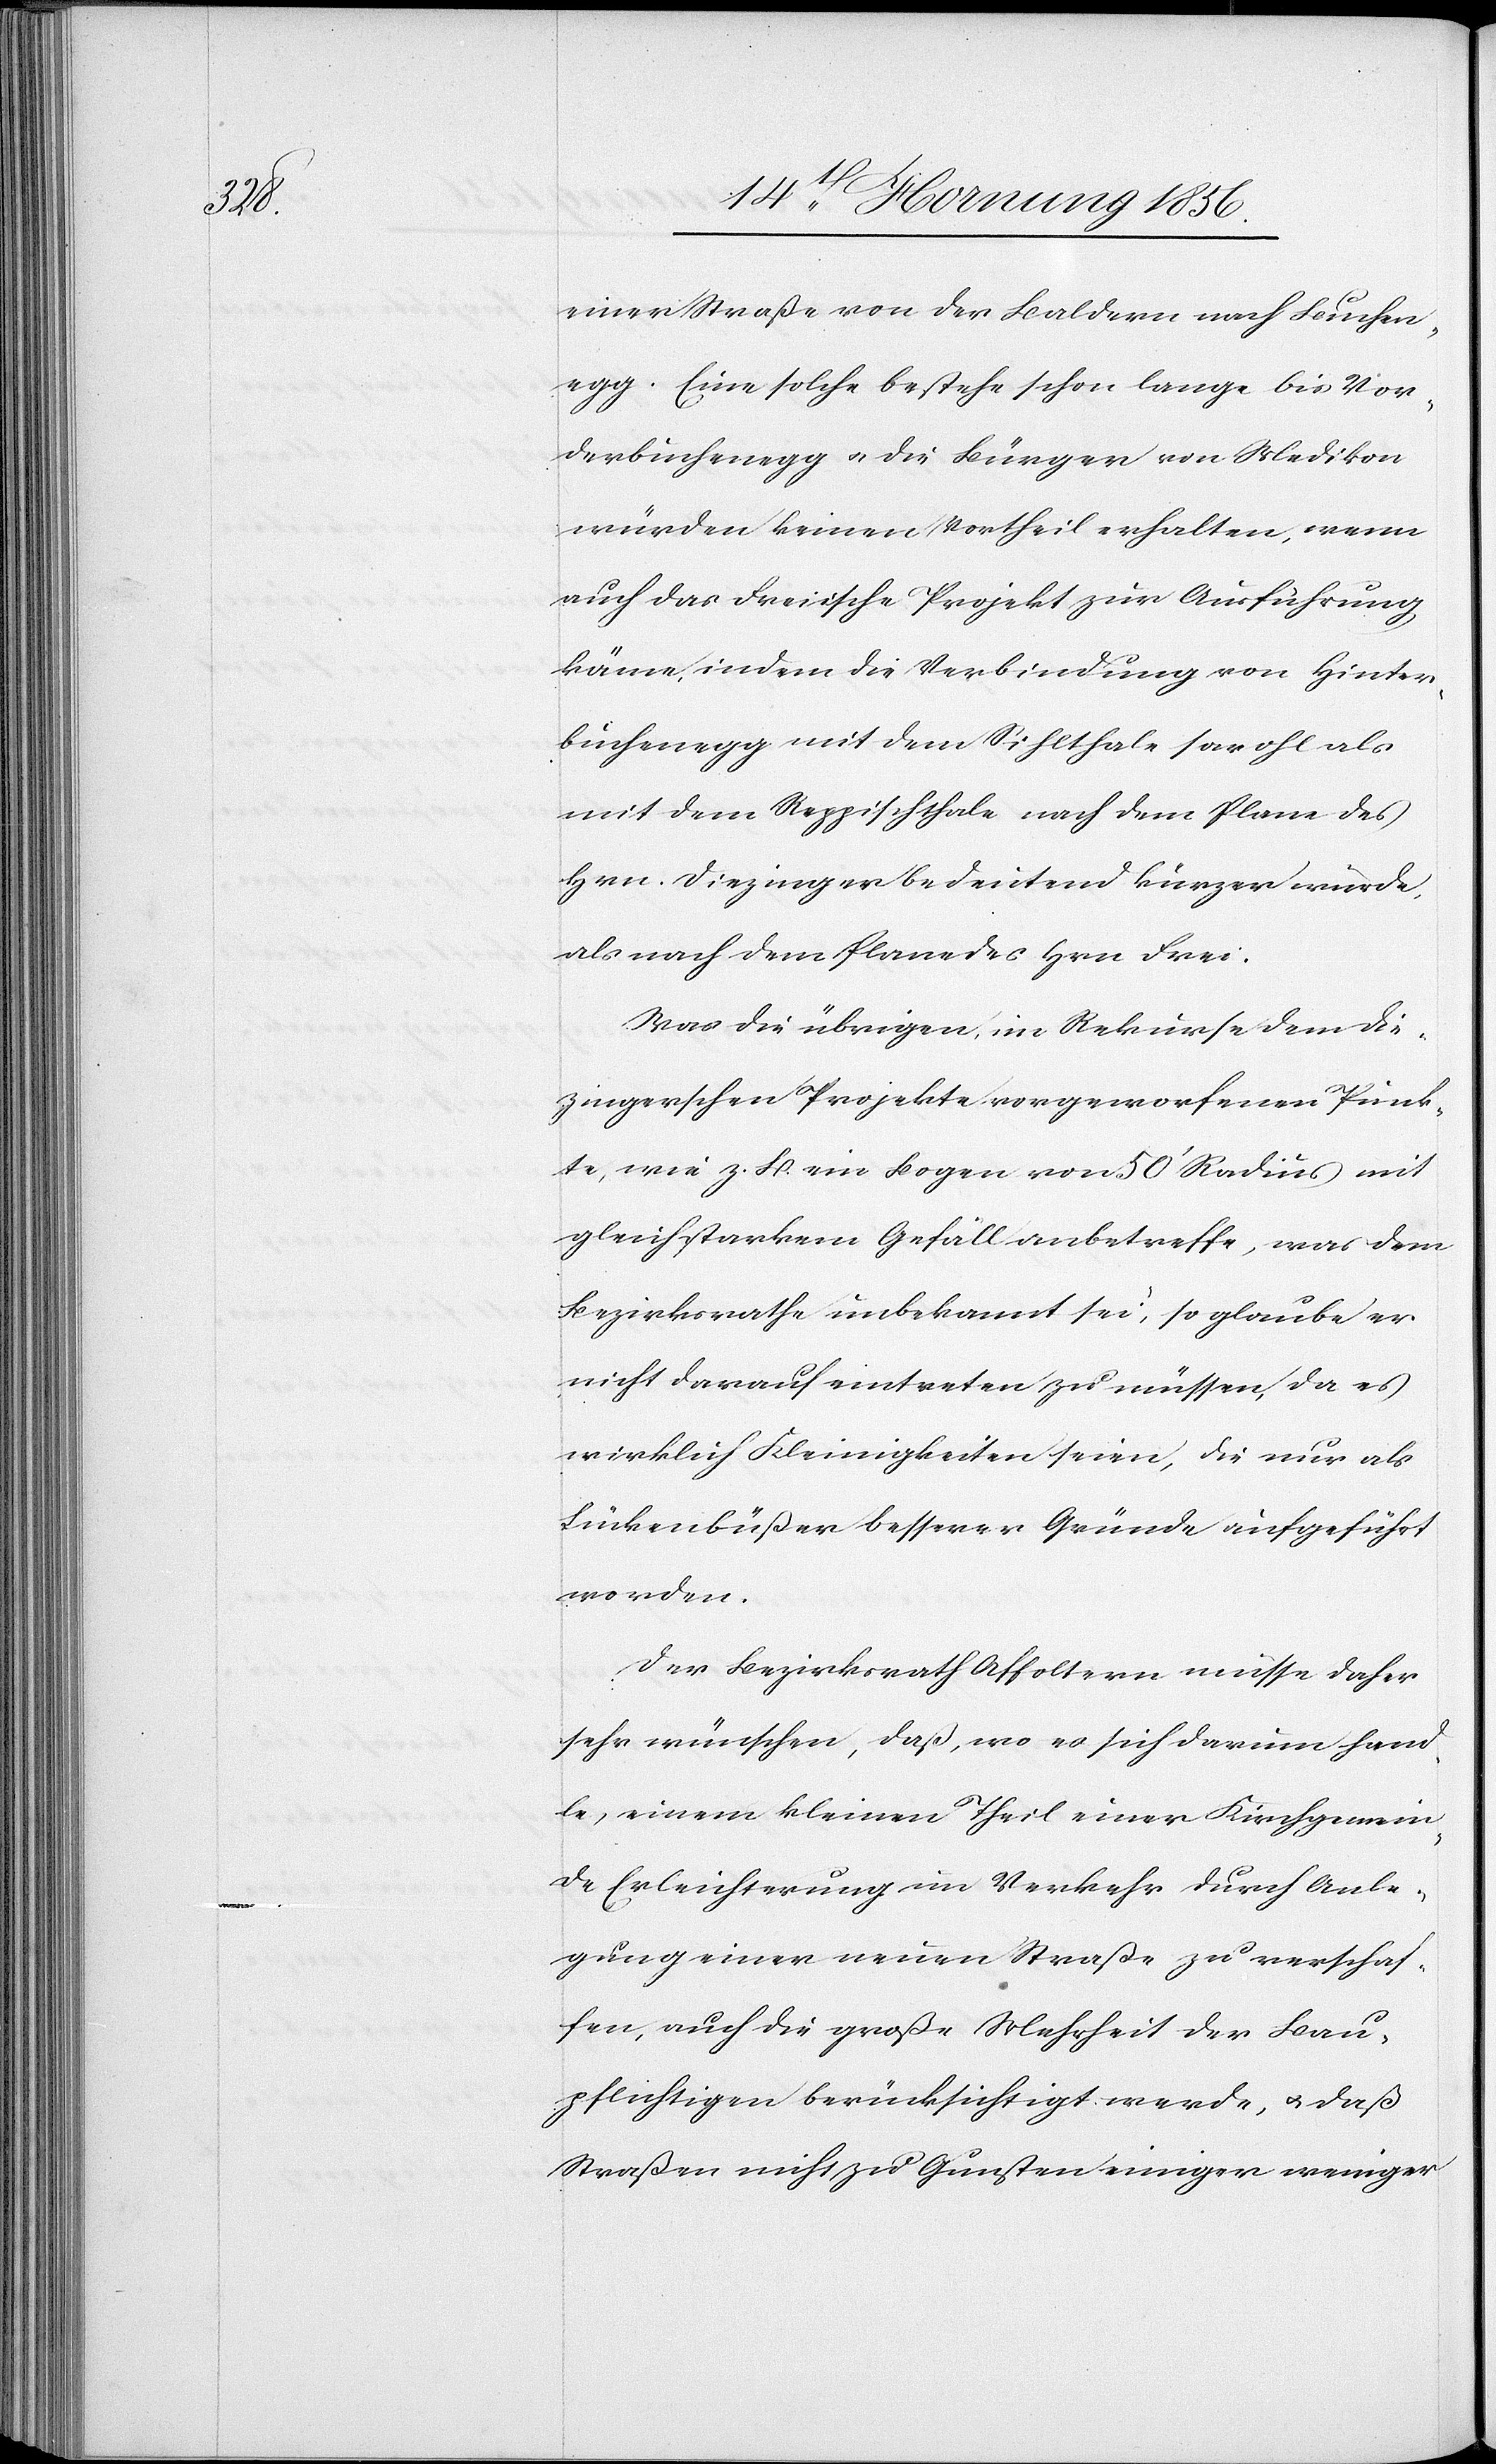
einer Straße von der Baldern nach Buchen¬
egg. Eine solche bestehe schon lange bis Vor¬
derbuchenegg u. die Bürger von Medikon
würden keinen Vortheil erhalten, wenn
auch das Freiische Projekt zur Ausführung
käme, indem die Verbindung von Hinter¬
buchenegg mit dem Sihlthale sowohl als
mit dem Reppischthale nach dem Plane des
Hrn. Diezinger bedeutend kürzer würde,
als nach dem Plane des Hrn Frei.
Was die übrigen, im Rekurse dem Die¬
zingerschen Projekte vorgeworfenen Punk¬
te, wie z. B. ein Bogen von 50’ Radius mit
gleich starkem Gefäll anbetreffe, was dem
Bezirksrathe unbekannt sei, so glaube er
nicht darauf eintreten zu müssen, da es
wirklich Kleinigkeiten seien, die nur als
Lückenbüßer besserer Gründe aufgeführt
worden.
Der Bezirksrath Affolgern müsse daher
sehr wünschen, daß, wo es sich darum hand¬
le, einem kleinen Theil einer Kirchgemein¬
de Erleichterung im Verkehr durch Anle¬
gung einer neuen Straße zu verschaf¬
fen, auch die große Mehrheit der Bau¬
pflichtigen berücksichtigt werde, u. daß
Straßen nicht zu Gunsten einiger weniger